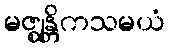
မဇ္ဈန္တိကသမယံ